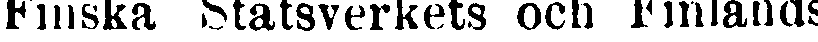
Finska Statsverkets och Finlands